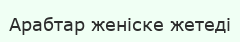
Арабтар женіске жетеді